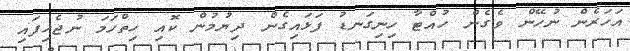
އަހަރެން ނުހޭން ވެގެން ހުއްޓާ ހިނިގަނޑު ފަޅައިގެން ދިޔުމުން ކޮއި ހިތްހަމަ ނުޖެހިފައި